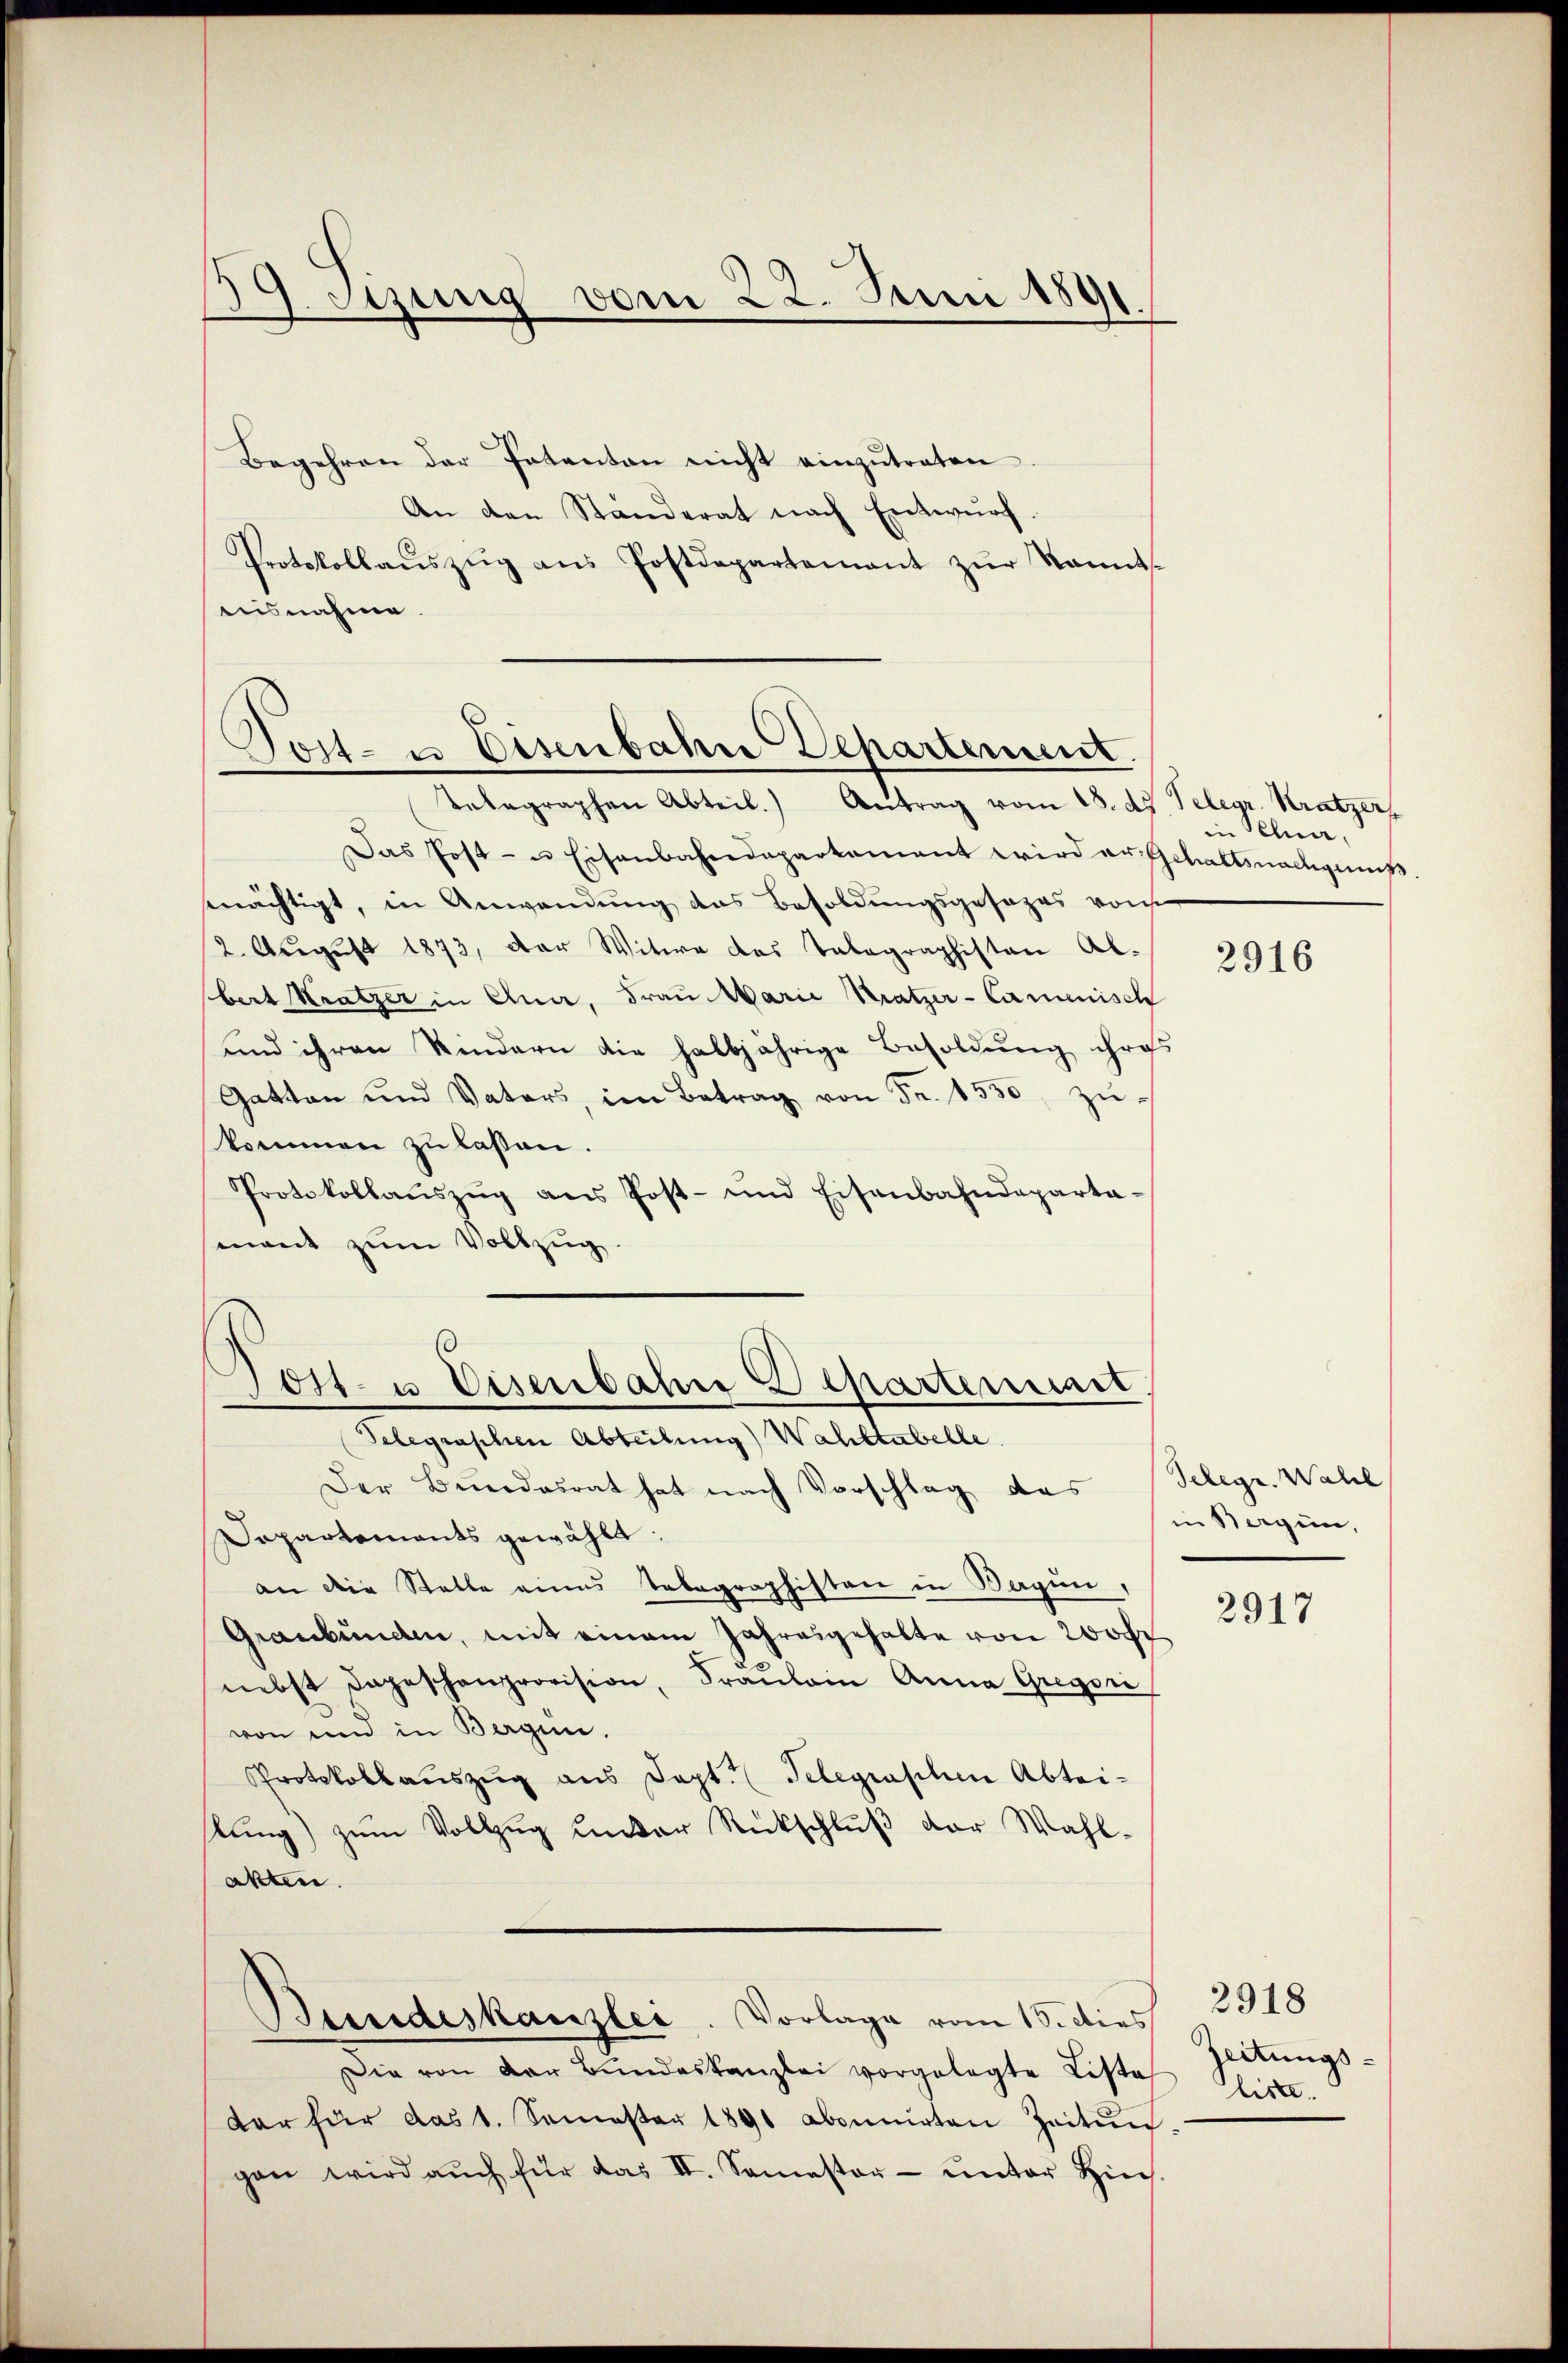
Jitzung vom 22. Juni 1891
.

Begehren der Patenten nicht einzŭtraten
An den Ständerat nach Entwurf.
Protokollaŭszŭg ans Postdepartement zŭr kannt-
aisnahme.

2
Das Post- u Eisenbahndepartament wird er Gehaltsnachgenuß.
mnächtigt, in Anwendung des Besoldungsgesezes von
2. August 1873, der Witwe des Telegraphisten Ab-
bert Kratzer in Ana, Frau Marie Kratzer-Camenisch
und ihren Kindern die halbjährige Besoldung ihres
Gatten und Vaters, im Betrag von Fr. 1530, zŭ-
kommen zu laßen.
Protokollaŭszŭg ans Post- und Eisenbahndeparta-
mant zum Vollzug.
Telegraphen Abteilung) Wahltabelle
Der Bundesrat hat nach Vorschlag das Telege. Wahl
Sopartements gewählt:
an die Stelle eines Telegraphisten in Wagen,
Graubünden, mit einem Jahresgehalte von Woh
nebst dageschenprovision, Fraŭlein Anna Gregor
von ein in Bergen.
Protokollauszug aus Sept. Telegraphen Abtei-
slung) zum Vollzug unter Rückschluß der Wahl-
akten.
Beendeskanzlei. Vorlage vom 15. Dies
Die von der Bundeskanzlei vorgelegte Liste
dar für das 1. Semester 1891 abonnirten Zeitung
gen wird aŭch für das II. Semester- unter Hin-

Post- u Eisenbahre Departement.
Telegraphen Abteil. Antrag vom 18. ds. Telegr. Kratzer

.
Jott. u. Eisenbahre Departement

in Schue,

2916

in Bergen,

2917

2918
Zeitungsliste.